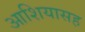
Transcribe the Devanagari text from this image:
आशियासह